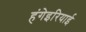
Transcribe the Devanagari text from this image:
हंगेइरियाई